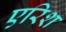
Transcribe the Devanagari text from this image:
एरिश